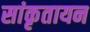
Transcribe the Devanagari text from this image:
सांकृतायन